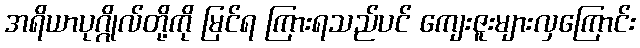
အရိယာပုဂ္ဂိုလ်တို့ကို မြင်ရ ကြားရသည်ပင် ကျေးဇူးများလှကြောင်း